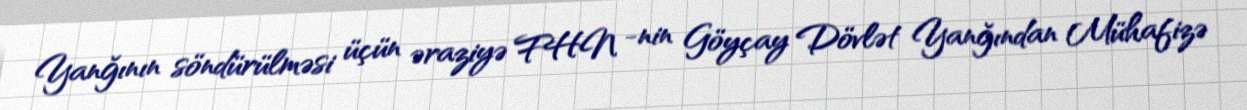
Yanğının söndürülməsi üçün əraziyə FHN -nin Göyçay Dövlət Yanğından Mühafizə